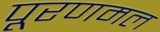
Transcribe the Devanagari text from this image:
पूरणमल